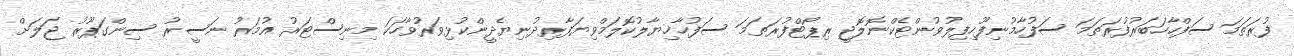
ފުރަތަމަ ސަފްހާހަބަރުފުރަތަމަ ސަފުހާމުނިފޫހިފިލުވުންޓެކްނޮލޮޖީ ރިޕޯޓްފުރަތަމަ ސަފުހާޚިޔާލުކޮލަމްވިޔަފާރިދުނިޔެދީންކުޅިވަރުވާހަކަ މިނިސްޓަރު އުމަރު ނަސީރު ސިންގަޕޫރު ޖަލަށް